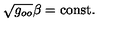
\sqrt { g _ { o o } } \beta = \mathrm { c o n s t } .